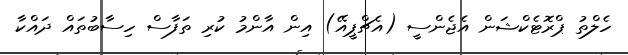
ހެލްތު ޕްރޮޓެކްޝަން އެޖެންސީ (އެޗްޕީއޭ) އިން އާންމު ކުރި ތަފާސް ހިސާބުތައް ދައްކާ